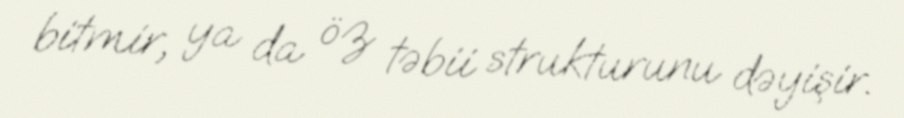
bitmir, ya da öz təbii strukturunu dəyişir.